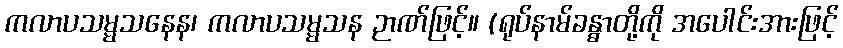
ကလာပသမ္မသနေန၊ ကလာပသမ္မသန ဉာဏ်ဖြင့်။ (ရုပ်နာမ်ခန္ဓာတို့ကို အပေါင်းအားဖြင့်